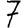
Digit: 7